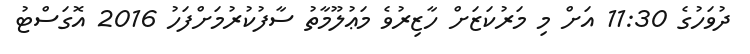
ދުވަހުގެ 11:30 އަށް މި މަރުކަޒަށް ހާޒިރުވެ މަޢުލޫމާތު ސާފުކުރުމަށްފަހު 2016 އޮގަސްޓު